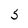
Character: 5